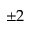
\pm 2